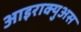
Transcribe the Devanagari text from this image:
आइराक्युअस